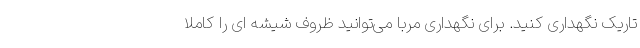
تاریک نگهداری کنید. برای نگهداری مربا می‌توانید ظروف شیشه ای را کاملا